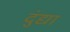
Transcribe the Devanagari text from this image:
दुंद्या